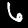
Digit: 6